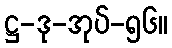
ဋ္ဌ-ဒု-အုပ်-၅၆။